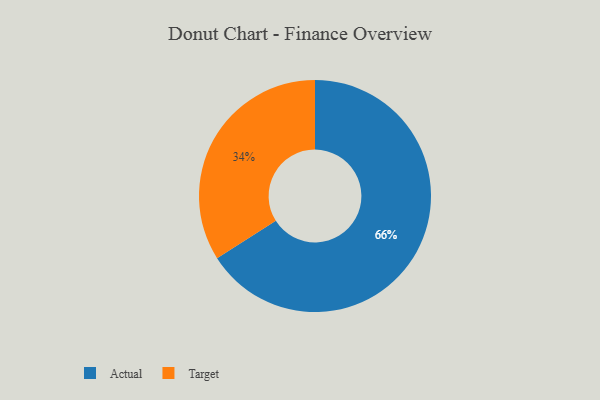
{"axis": {"x": "Category", "y": "Percentage"}, "legend": ["Actual", "Target"], "data": [{"x": "Actual", "y": 66, "type": "Actual"}, {"x": "Target", "y": 34, "type": "Target"}]}